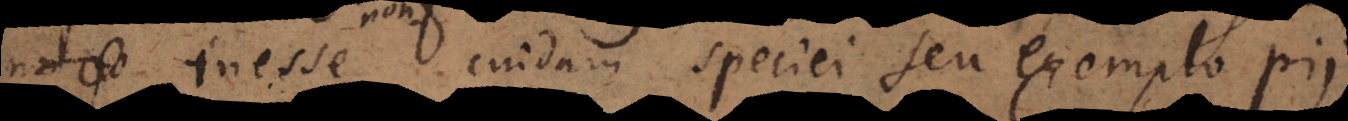
inesse cuidam Á speciei seu exemplo pii.